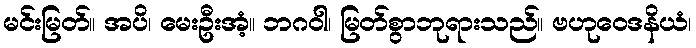
မင်းမြတ်။ အပိ၊ မေးဦးအံ့။ ဘဂဝါ၊ မြတ်စွာဘုရားသည်။ ဗဟုဝေဒနိယံ၊